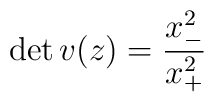
\det v(z)=\displaystyle{\frac{x^{2}_{-}}{x^{2}_{+}}}